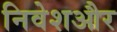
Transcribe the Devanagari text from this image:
निवेशऔर